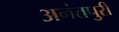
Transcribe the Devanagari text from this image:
अनंतपुरी